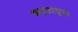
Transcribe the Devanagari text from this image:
आद्रतायुक्त